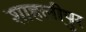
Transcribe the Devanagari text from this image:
शाहलीपुर